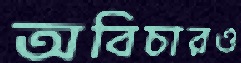
অবিচারও